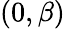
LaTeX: (0,\beta)